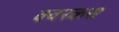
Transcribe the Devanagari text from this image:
क्वरकस